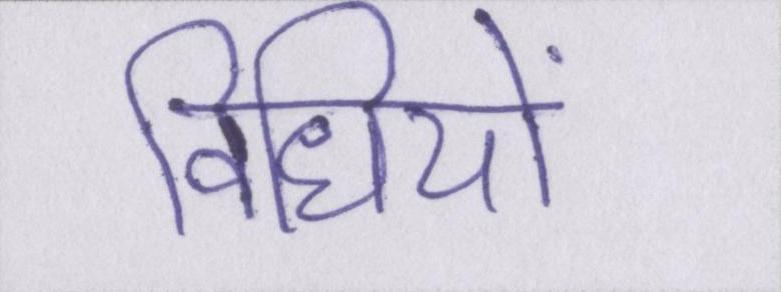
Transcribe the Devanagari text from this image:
विधियों